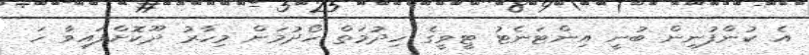
އެ ކުންފުނިން ބުނީ އިންޓަނެޓު ޓީވީގެ ހިދުމަތް ހޯދުމަށް މިހާރު ދޫކޮށްފައިވާ ހަ